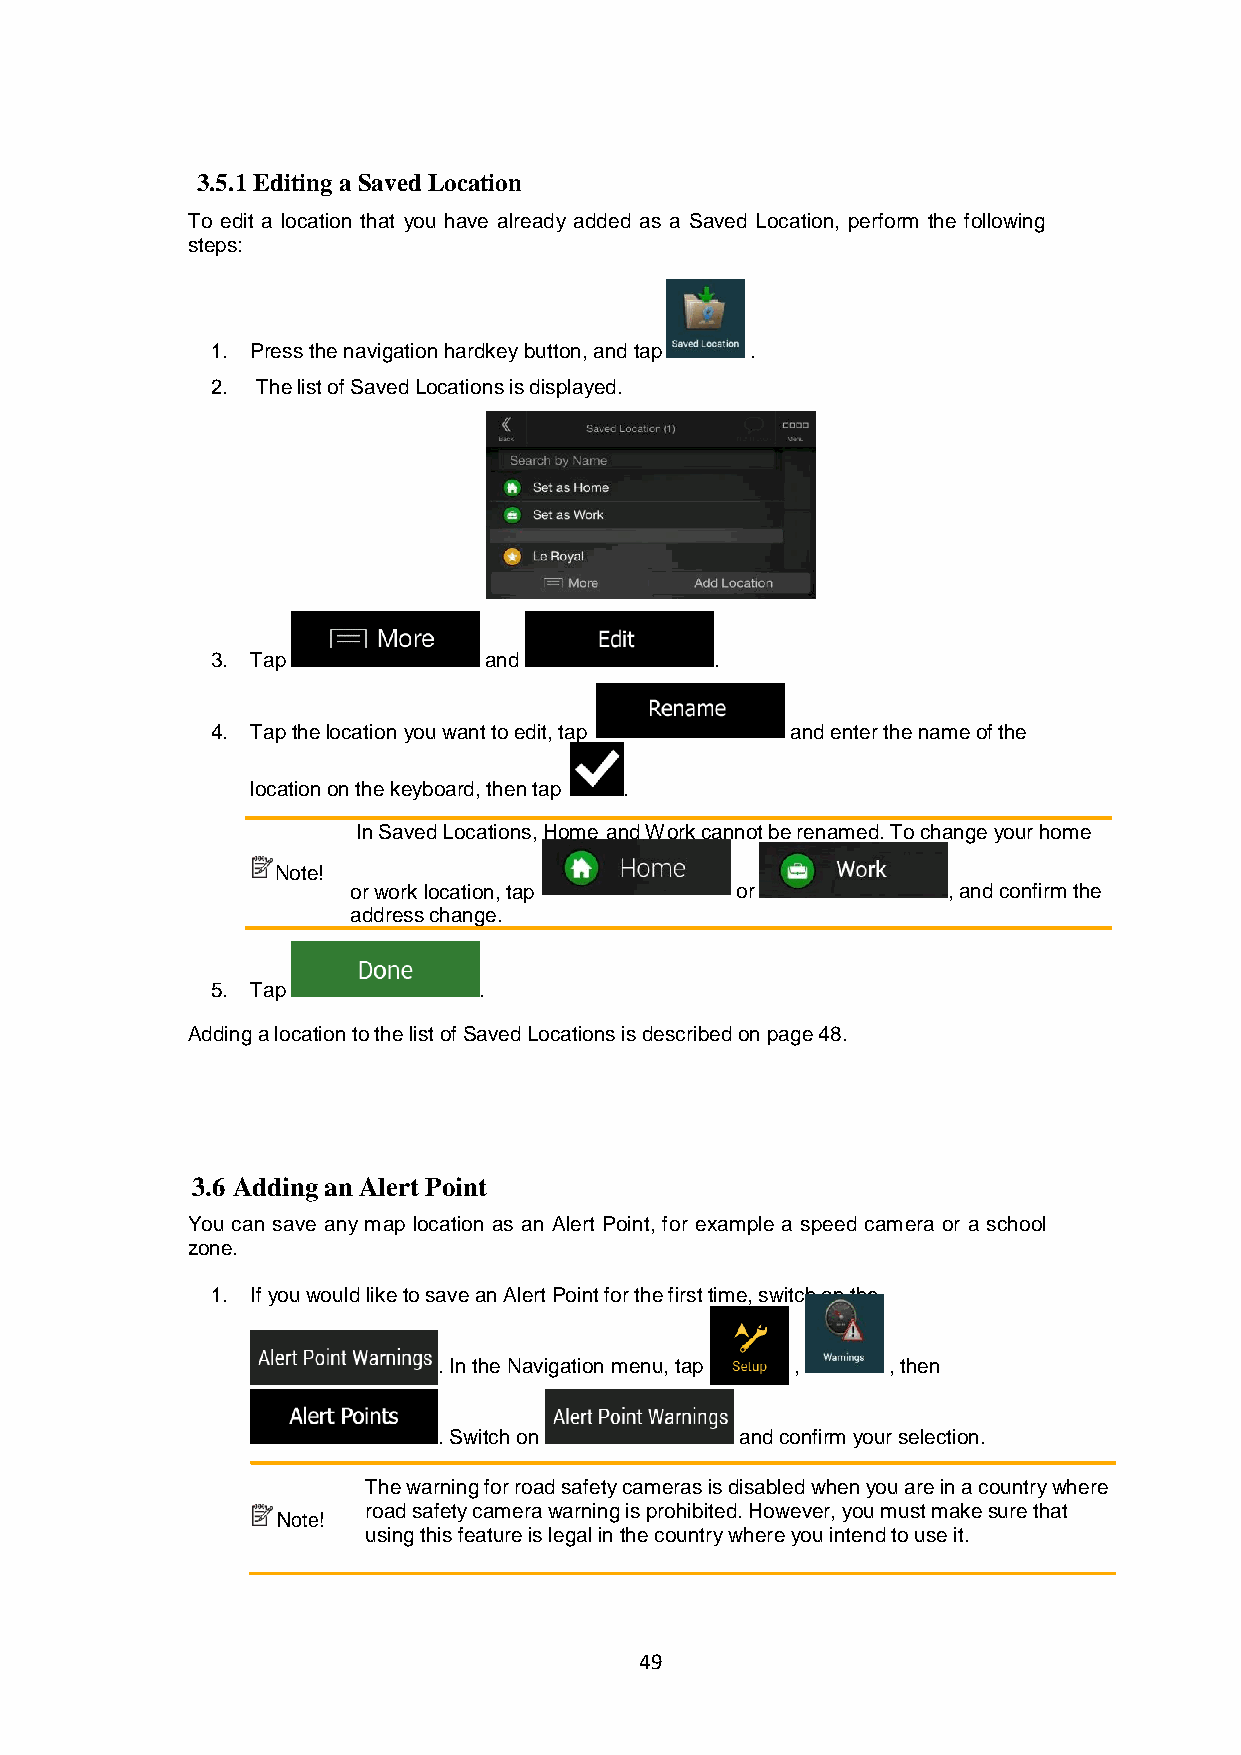
3.5.1 Editing a Saved Location
 To edit a location that you have already added as a Saved Location, perform the following
 steps:
 1. Press the navigation hardkey button, and tap .
 2. The list of Saved Locations is displayed.
 3. Tap            and            .
 4. Tap the location you want to edit, tap and enter the name of the
 location on the keyboard, then tap .
 In Saved Locations, Home and Work cannot be renamed. To change your home
 Note!
 or work location, tap     or            , and confirm the
 address change.
 5. Tap            .
 Adding a location to the list of Saved Locations is described on page 48.
 3.6 Adding an Alert Point
 You can save any map location as an Alert Point, for example a speed camera or a school
 zone.
 1. If you would like to save an Alert Point for the first time, switch on the
 . In the Navigation menu, tap , , then
 . Switch on         and confirm your selection.
 The warning for road safety cameras is disabled when you are in a country where
 road safety camera warning is prohibited. However, you must make sure that
 Note!
 using this feature is legal in the country where you intend to use it.
 49